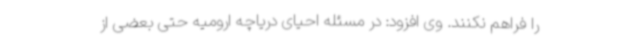
را فراهم نکنند. وی افزود: در مسئله احیای دریاچه ارومیه حتی بعضی از